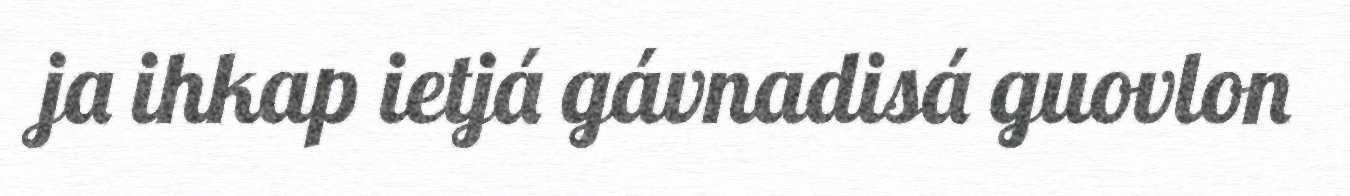
ja ihkap ietjá gávnadisá guovlon